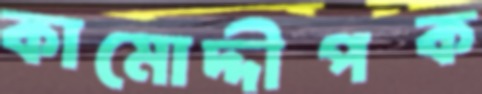
কামোদ্দীপক